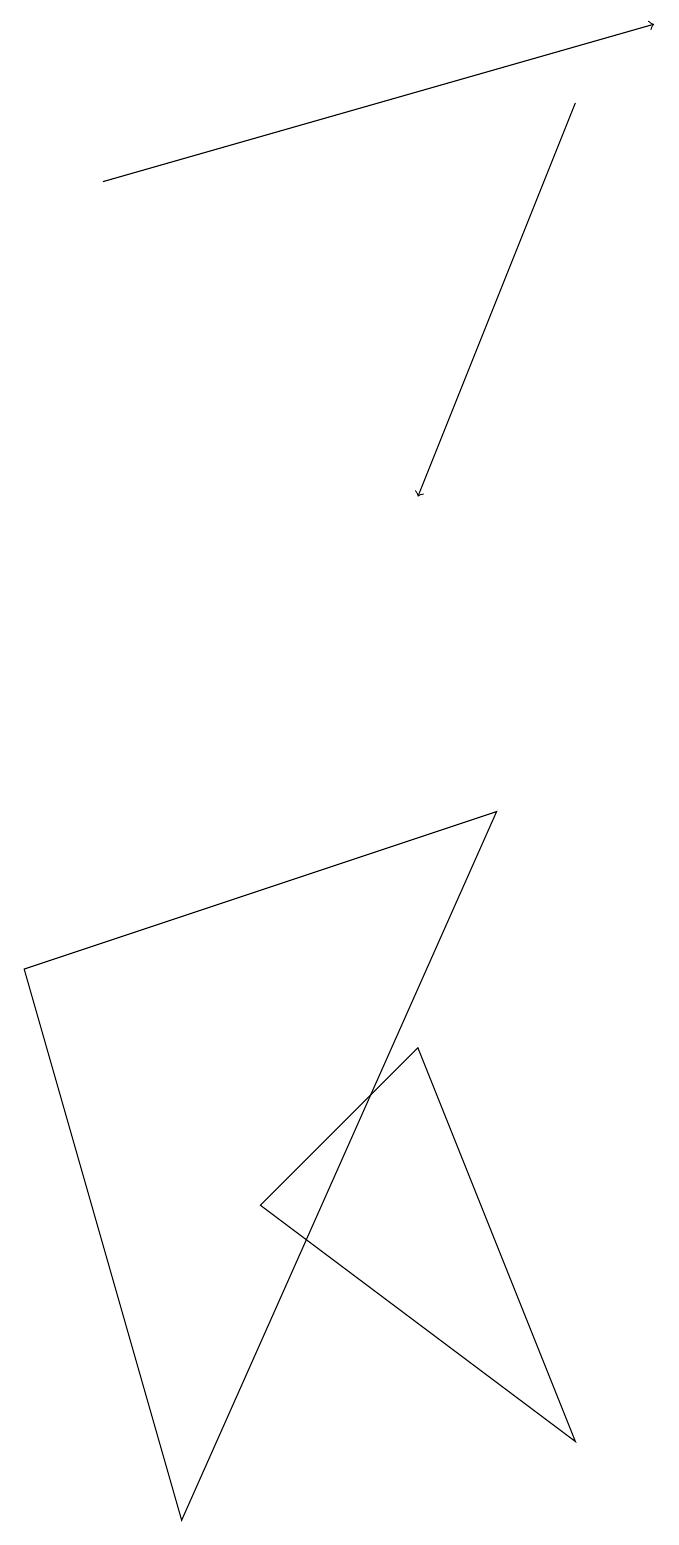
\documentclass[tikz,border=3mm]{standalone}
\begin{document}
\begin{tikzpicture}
\draw (4,4) -- (8,1) -- (6,6) -- cycle;
\draw[->] (8,18) -- (6,13);
\draw (3,0) -- (7,9) -- (1,7) -- cycle;
\draw[->] (2,17) -- (9,19);
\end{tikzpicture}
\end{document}